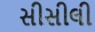
સીસીલી